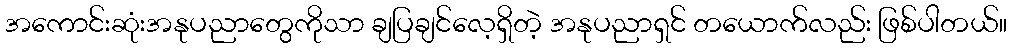
အကောင်းဆုံးအနုပညာတွေကိုသာ ချပြချင်လေ့ရှိတဲ့ အနုပညာရှင် တယောက်လည်း ဖြစ်ပါတယ်။